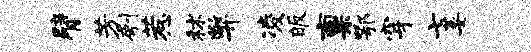
臂芳刳惹秫弊凌皈禀鄂穿七萎